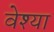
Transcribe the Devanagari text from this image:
वेश्‍या